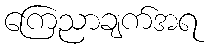
ကြေညာချက်အရ